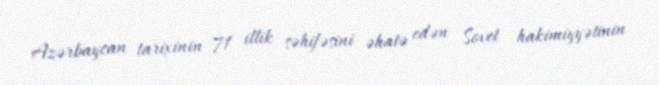
Azərbaycan tarixinin 71 illik səhifəsini əhatə edən Sovet hakimiyyətinin